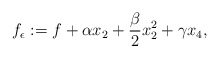
\begin{align*}\displaystyle f_{\epsilon}:=f+\alpha x_2+\frac{\beta}{2}x_2^2+\gamma x_4,\end{align*}